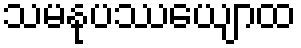
သမနုပဿေယျာထ